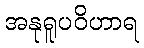
အနုရူပဝိဟာရ